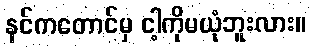
နင်ကတောင်မှ ငါ့ကိုမယုံဘူးလား။